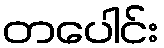
တပေါင်း